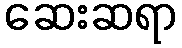
ဆေးဆရာ